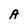
Character: A